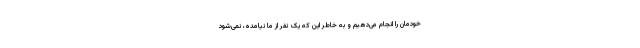
خودمان را انجام می‌دهیم و به خاطر این که یک نفر از ما نیامده، نمی‌شود